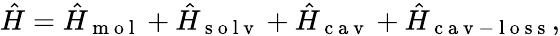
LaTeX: \hat{H}=\hat{H}_{\mathrm{~m~o~l~}}+\hat{H}_{\mathrm{~s~o~l~v~}}+\hat{H}_{\mathrm{~c~a~v~}}+\hat{H}_{\mathrm{~c~a~v~-~l~o~s~s~}},